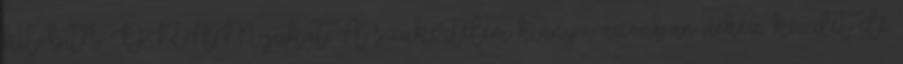
kilobites DRAM-jukat. A szakértelem hiánya azonban nehéz kezdet elé